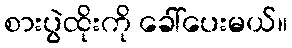
စားပွဲထိုးကို ခေါ်ပေးမယ်။